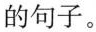
的句子。